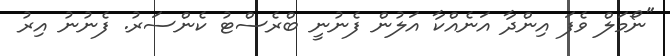
"ނޯމަލް ވެފަ އިންދާ އަނެއްކާ އަލުން ފެނުނީ ބްރެސްޓު ކެންސަރު. ފެނުނު އިރު